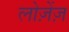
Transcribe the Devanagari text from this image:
लोज़ेंज़